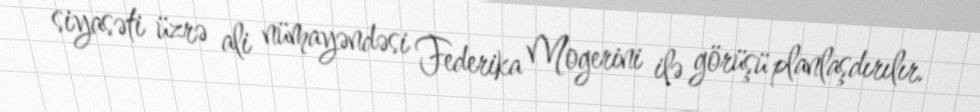
siyasəti üzrə ali nümayəndəsi Federika Mogerini ilə görüşü planlaşdırılır.